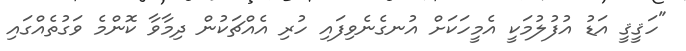
"ހަޤީޤީ އަޑު އުފުލުމަކީ އެމީހަކަށް އުނގެނެވިފައި ހުރި އެއްޗަކުން ދިމާވާ ކޮންމެ ވަގުތެއްގައި